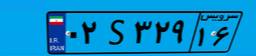
۳۱S۰۳۲۱۸